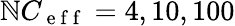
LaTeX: \mathbb{N}C_{\mathrm{{~e~f~f~}}}=4,10,100